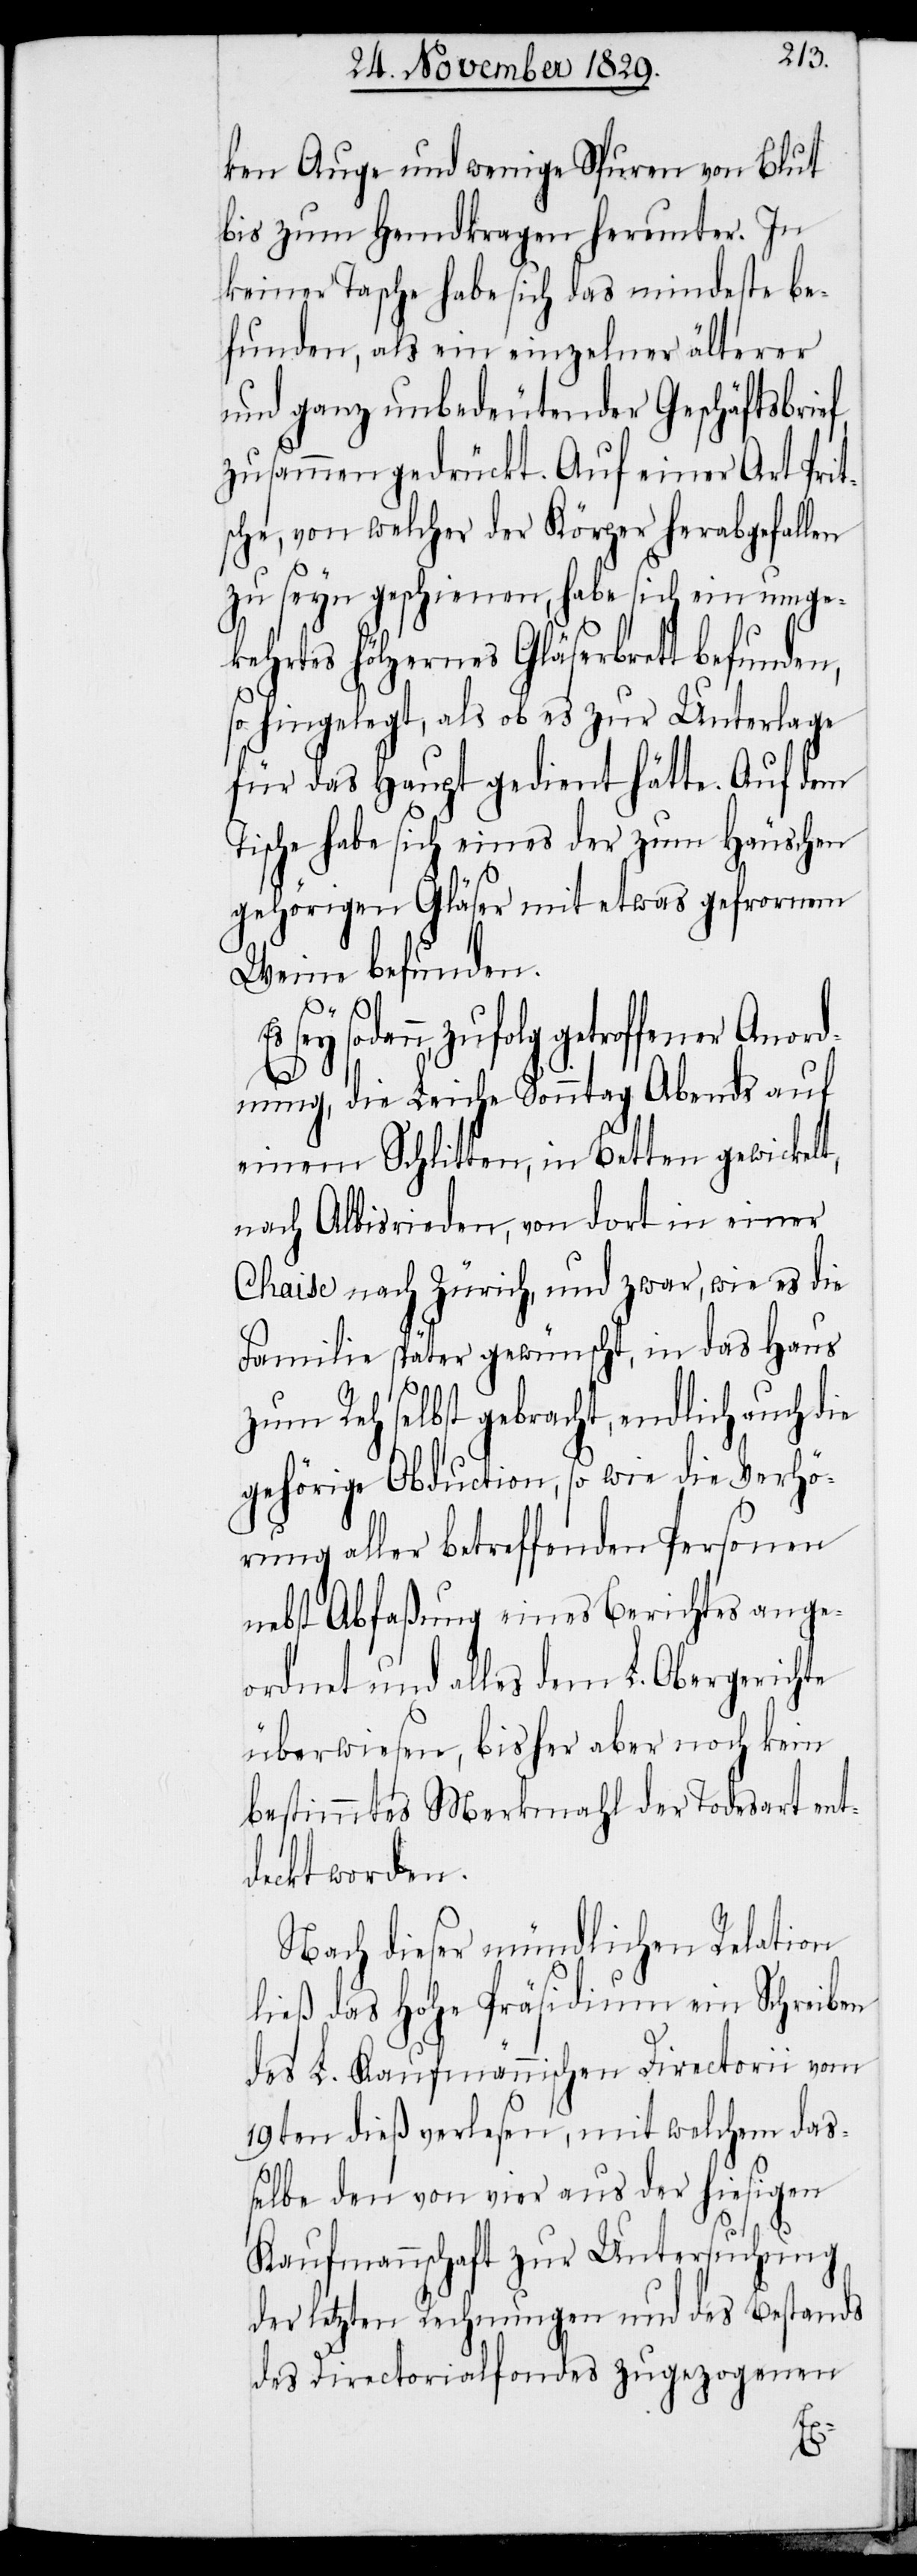
ken Auge und wenige Spuren von Blut
bis zum Hemdkragen herunter. In
keiner Tasche habe sich das mindeste be¬
funden, als ein einzelner älterer
und ganz unbedeutender Geschäftsbrie¬
zusammen gedrückt. Auf einer Art Prit¬
sche, von welcher der Körper herabgefallen
zu seyn geschienen, habe sich ein umge¬
kehrtes hölzernes Gläserbrett befunden,
so hingelegt, als ob es zur Unterlage
für das Haupt gedient hätte. Auf dem
Tische habe sich eines der zum Häuschen
gehörigen Gläser mit etwas gefrornem
Weine befunden.
sodann, zufolg getroffener Anord¬
nung, die Leiche Sonntag Abends auf
einem Schlitten, in Betten gewickelt,
nach Albisrieden, von dort in einer
Chaise nach Zürich, und zwar, wie es die
Familie später gewünscht, in das Haus
zum Reh selbst gebracht, endlich auch d¬
gehörige Obduction, so wie die Verhö¬
rung aller betreffenden Personen
nebst Abfaßung eines Berichtes ange¬
ordnet und alles dem L. Obergerichte
überwiesen, bisher aber noch kein
bestimmtes Merkmahl der Todesart ent¬
deckt worden.
Nach dieser mündlichen Relation
ließ das Hohe Präsidium ein Schreiben
des L. Kaufmännischen Directorii vom
19ten dieß verlesen, mit welchem das¬
selbe den von vier aus der hiesigen
Kaufmannschaft zur Untersuchung
der letzten Rechnungen und des Bestands
des Directorialfondes zugezogenen
ie